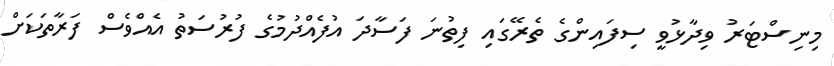
މިނިސްޓަރު ވިދާޅުވީ ސިފައިންގެ ތެރޭގައި ފިތުނަ ފަސާދަ އުފެއްދުމުގެ ފުރުސަތު އެއްވެސް ފަރާތަކަށް